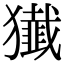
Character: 𤢷